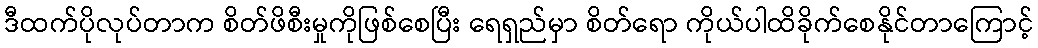
ဒီထက်ပိုလုပ်တာက စိတ်ဖိစီးမှုကိုဖြစ်စေပြီး ရေရှည်မှာ စိတ်ရော ကိုယ်ပါထိခိုက်စေနိုင်တာကြောင့်